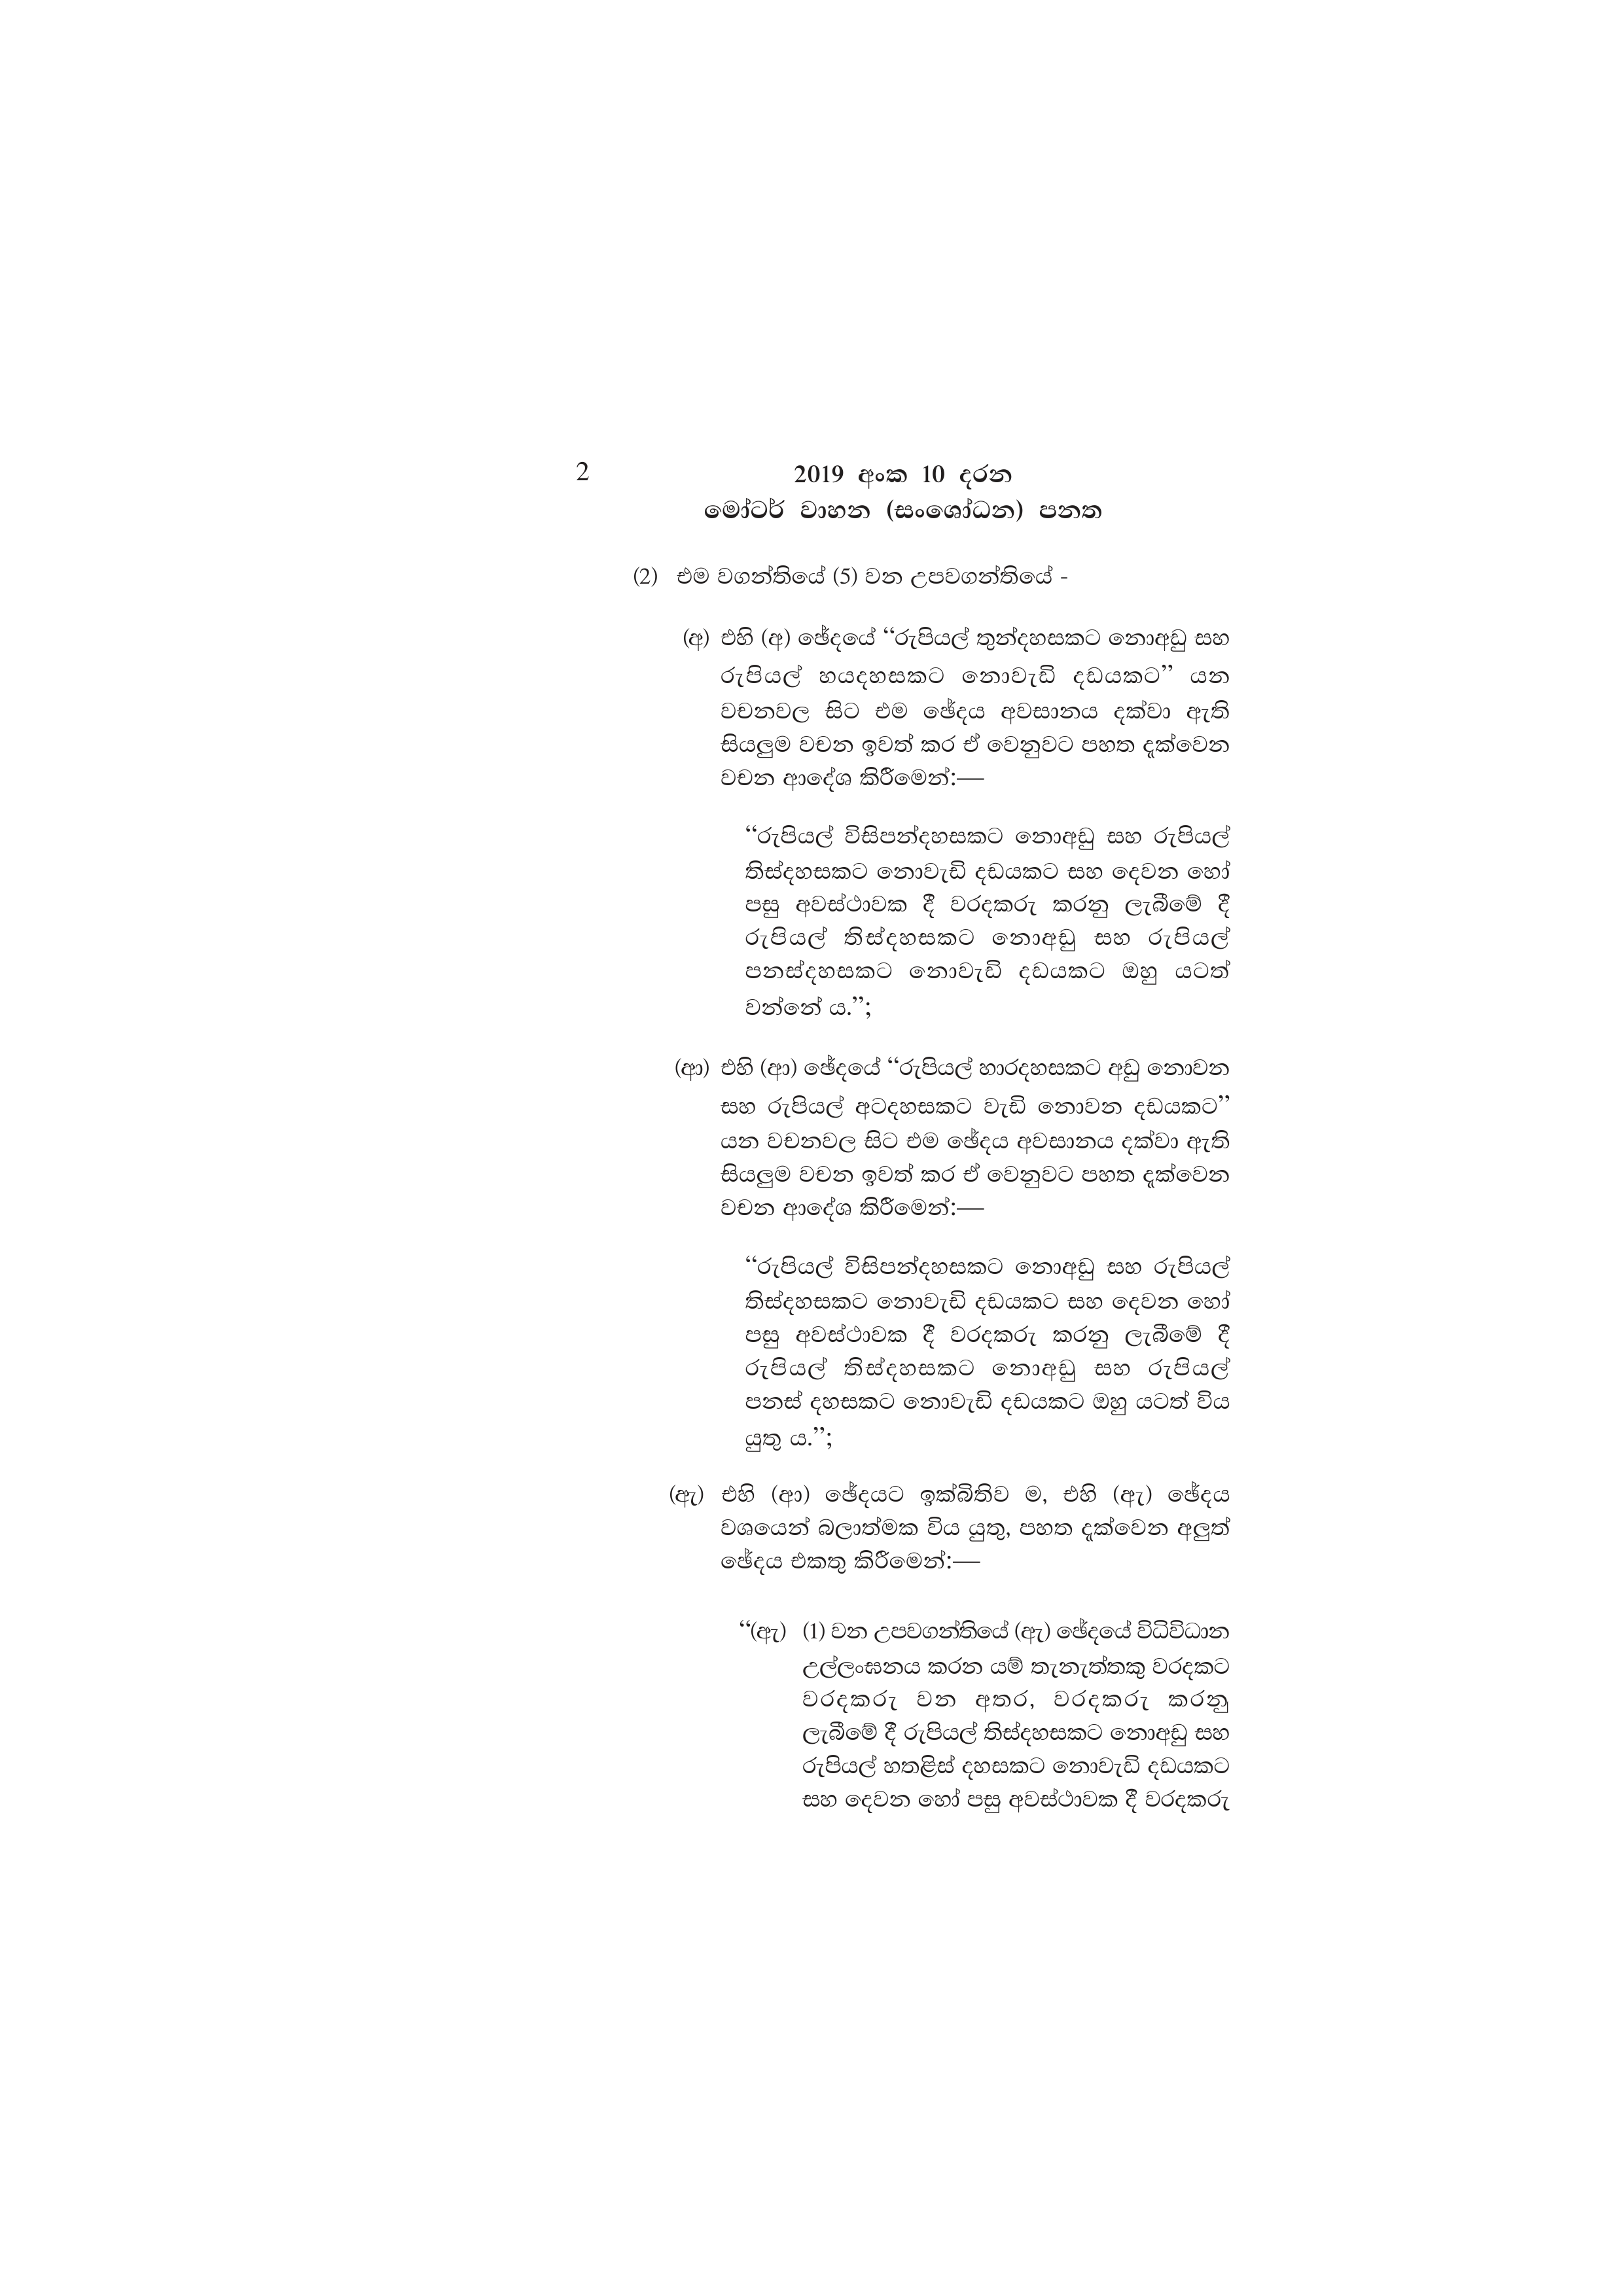
2 2019 අංක 10 දරන
මෝටර් වාහන (සංශෝධන) පනත

(2) එම වගන්තියේ (5) වන උපවගන්තියේ -

(අ) එහි (අ) ඡේදයේ “රුපියල් තුන්දහසකට නොඅඩු සහ
රුපියල් හයදහසකට නොවැඩි දඩයකට” යන
වචනවල සිට එම ඡේදය අවසානය දක්වා ඇති
සියලුම වචන ඉවත් කර ඒ වෙනුවට පහත දැක්වෙන
වචන ආදේශ කිරීමෙන්:—

“රුපියල් විසිපන්දහසකට නොඅඩු සහ රුපියල්
තිස්දහසකට නොවැඩි දඩයකට සහ දෙවන හෝ
පසු අවස්ථාවක දී වරදකරු කරනු ලැබීමේ දී
රුපියල් තිස්දහසකට නොඅඩු සහ රුපියල්
පනස්දහසකට නොවැඩි දඩයකට ඔහු යටත්
වන්නේ ය.”;

(ආ) එහි (ආ) ඡේදයේ “රුපියල් හාරදහසකට අඩු නොවන
සහ රුපියල් අටදහසකට වැඩි නොවන දඩයකට”
යන වචනවල සිට එම ඡේදය අවසානය දක්වා ඇති
සියලුම වචන ඉවත් කර ඒ වෙනුවට පහත දැක්වෙන
වචන ආදේශ කිරීමෙන්:—

“රුපියල් විසිපන්දහසකට නොඅඩු සහ රුපියල්
තිස්දහසකට නොවැඩි දඩයකට සහ දෙවන හෝ
පසු අවස්ථාවක දී වරදකරු කරනු ලැබීමේ දී
රුපියල් තිස්දහසකට නොඅඩු සහ රුපියල්
පනස් දහසකට නොවැඩි දඩයකට ඔහු යටත් විය
යුතු ය.”;

(ඇ) එහි (ආ) ඡේදයට ඉක්බිතිව ම, එහි (ඇ) ඡේදය
වශයෙන් බලාත්මක විය යුතු, පහත දැක්වෙන අලුත්
ඡේදය එකතු කිරීමෙන්:—

“(ඇ) (1) වන උපවගන්තියේ (ඇ) ඡේදයේ විධිවිධාන
උල්ලංඝනය කරන යම් තැනැත්තකු වරදකට
වරදකරු වන අතර, වරදකරු කරනු
ලැබීමේ දී රුපියල් තිස්දහසකට නොඅඩු සහ
රුපියල් හතළිස් දහසකට නොවැඩි දඩයකට
සහ දෙවන හෝ පසු අවස්ථාවක දී වරදකරු